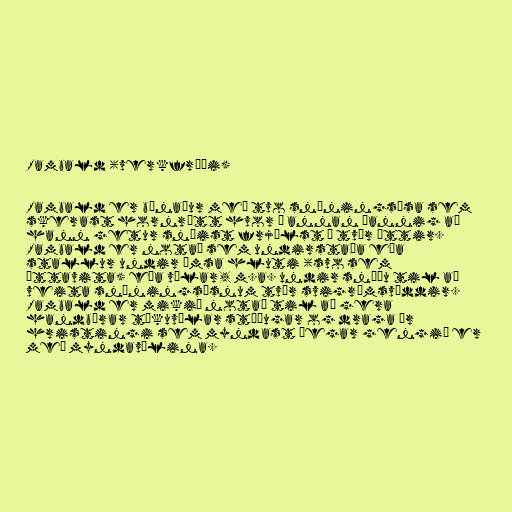
Rambald (verkfræði)

Rambald er búnaður með tvo snúningsása sem
skerast hornrétt hvor á annan þannig að
hann getur snúist frjálst í tvær áttir.
Rambald er notað sem undirstaða eða
stallur undir ýmsa hluti (svo sem
áttavita) eða vélar, m.a. undir snúðu til að
veita snúningsásnum tvær svigrúmsvíddir.
Rambald er mikið notað til að gera
handbærar tökuvélar stöðugar og draga úr
hristingi sem myndast þegar gengið er
með myndavélina.